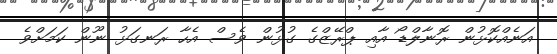
އަނެއްކޮޅުން ރޮނާލްޑޯ އާއި ޕްރޭޒްގެ ގުޅުން ވެސް އެހާ ރަނގަޅު ނޫން ކަމަށްވެ